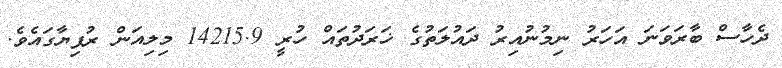
ދެހާސް ބާރަވަނަ އަހަރު ނިމުނުއިރު ދައުލަތުގެ ޚަރަދުތައް ހުރީ 14215.9 މިލިއަން ރުފިޔާގައެވެ.